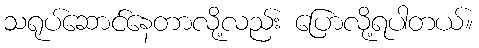
သရုပ်ဆောင်နေတာလို့လည်း ပြောလို့ရပါတယ်။